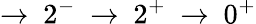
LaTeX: \rightarrow~2^{-}~\rightarrow~2^{+}~\rightarrow~0^{+}